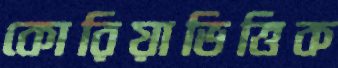
কোরিয়াভিত্তিক